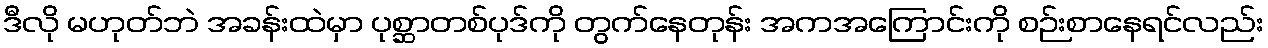
ဒီလို မဟုတ်ဘဲ အခန်းထဲမှာ ပုစ္ဆာတစ်ပုဒ်ကို တွက်နေတုန်း အကအကြောင်းကို စဉ်းစာနေရင်လည်း